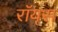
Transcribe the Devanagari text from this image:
राॅयस